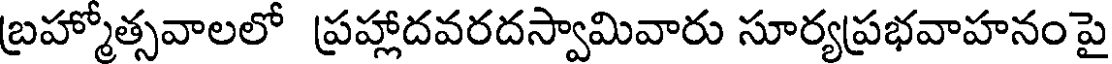
బ్రహ్మోత్సవాలలో ప్రహ్లాదవరదస్వామివారు సూర్యప్రభవాహనంపై